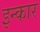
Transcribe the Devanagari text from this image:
इन्‍कार